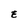
Character: E